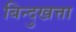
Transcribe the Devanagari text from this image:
बिन्दुखत्ता